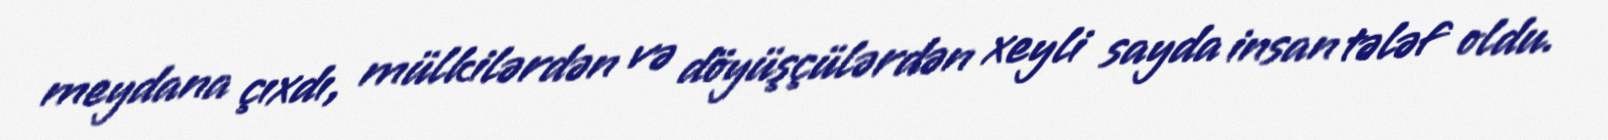
meydana çıxdı, mülkilərdən və döyüşçülərdən xeyli sayda insan tələf oldu.